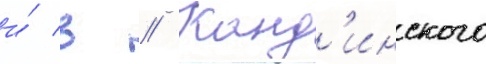
и́ в // Канд'инского